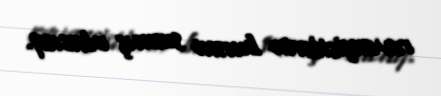
revanşistlərin burnu sınmış olacaq.